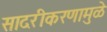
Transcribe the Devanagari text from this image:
सादरीकरणामुळे